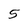
Character: 5